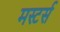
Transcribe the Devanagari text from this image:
मस्टर्स